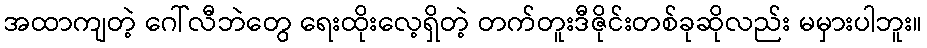
အထာကျတဲ့ ဂေါ်လီဘဲတွေ ရေးထိုးလေ့ရှိတဲ့ တက်တူးဒီဇိုင်းတစ်ခုဆိုလည်း မမှားပါဘူး။